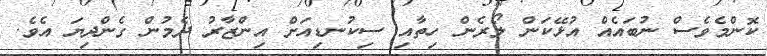
ކޮންމެވެސް ނުބައެއް އުޅޭކަން ލޯރެން ހިތާއި ސިކުނޑިއަށް އިންޒާރު ދެމުން ގެންދިޔަ އެވެ.